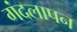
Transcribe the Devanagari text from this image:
गंदलापन